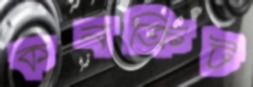
কনক্রিট